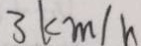
3 k m / h